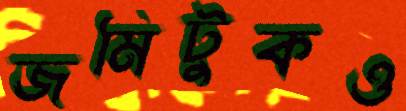
জমিটুকও